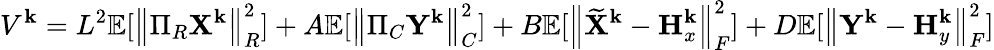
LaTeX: V^{\mathbf{k}}=L^{2}{\mathbb{{E}}}[\left\| \Pi_{R}{\mathbf{{X}}}^{\mathbf{k}}\right\| _{R}^{2}]+A{\mathbb{{E}}}[\left\| \Pi_{C}{\mathbf{{Y}}}^{\mathbf{k}}\right\| _{C}^{2}]+B{\mathbb{{E}}}[\left\| \widetilde{{{\mathbf{{X}}}}}^{\mathbf{k}}-{\mathbf{{H}}}_{x}^{\mathbf{k}}\right\| _{F}^{2}]+D{\mathbb{{E}}}[\left\| {\mathbf{{Y}}}^{\mathbf{k}}-{\mathbf{{H}}}_{y}^{\mathbf{k}}\right\| _{F}^{2}]